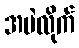
အမဲလိုက်